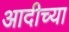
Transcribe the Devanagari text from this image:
आदीच्या